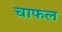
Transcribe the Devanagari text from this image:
चाफल